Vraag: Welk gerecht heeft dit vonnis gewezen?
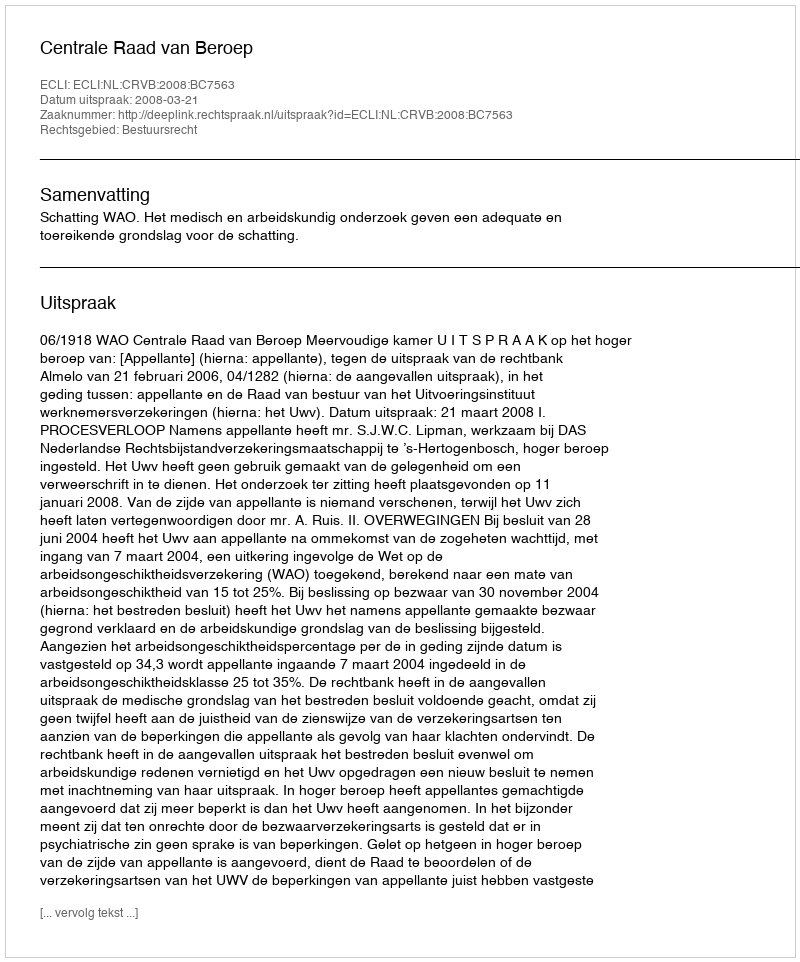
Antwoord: Centrale Raad van Beroep